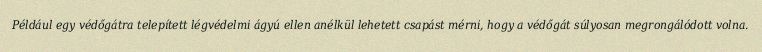
Például egy védőgátra telepített légvédelmi ágyú ellen anélkül lehetett csapást mérni, hogy a védőgát súlyosan megrongálódott volna.